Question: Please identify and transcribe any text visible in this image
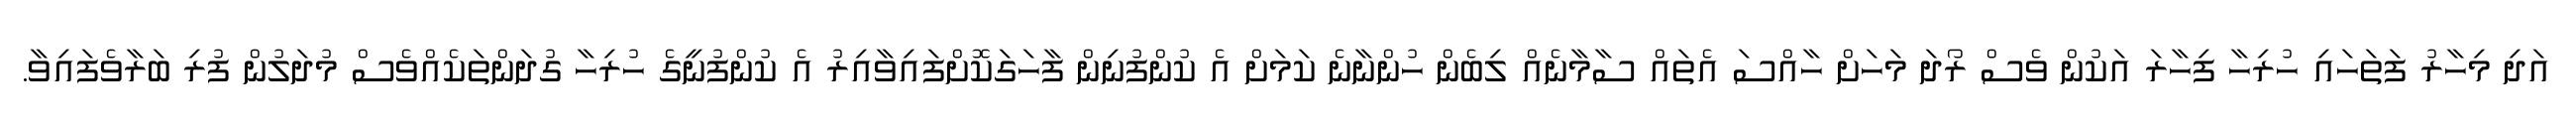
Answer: އަދި މިހާރު ފަތަހައި ހުރިހާ ފިހާރަ އަކުން ވެސް ރޯދަ މަހަށް ހާއްސަ އެތައް ސާމާނެއް ލިބެން ހުންނާނެ ކަމަށް އެ ކުންފުނިން ފާހަގަކޮށްފައިވާއިރު އެ ކުންފުނީގެ ހުރިހާ ގުދަންތަކެއްވެސް މުދަލުން ފުރި ބަރާވެފައިވާ.